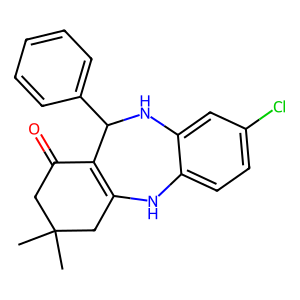
SMILES: CC1(C)CC(=O)C2=C(C1)Nc1ccc(Cl)cc1NC2c1ccccc1
Inhibits HIV replication: No